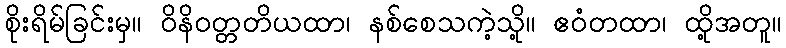
စိုးရိမ်ခြင်းမှ။ ဝိနိဝတ္တတိယထာ၊ နစ်စေသကဲ့သို့။ ဧဝံတထာ၊ ထို့အတူ။